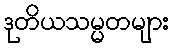
ဒုတိယသမ္မတများ